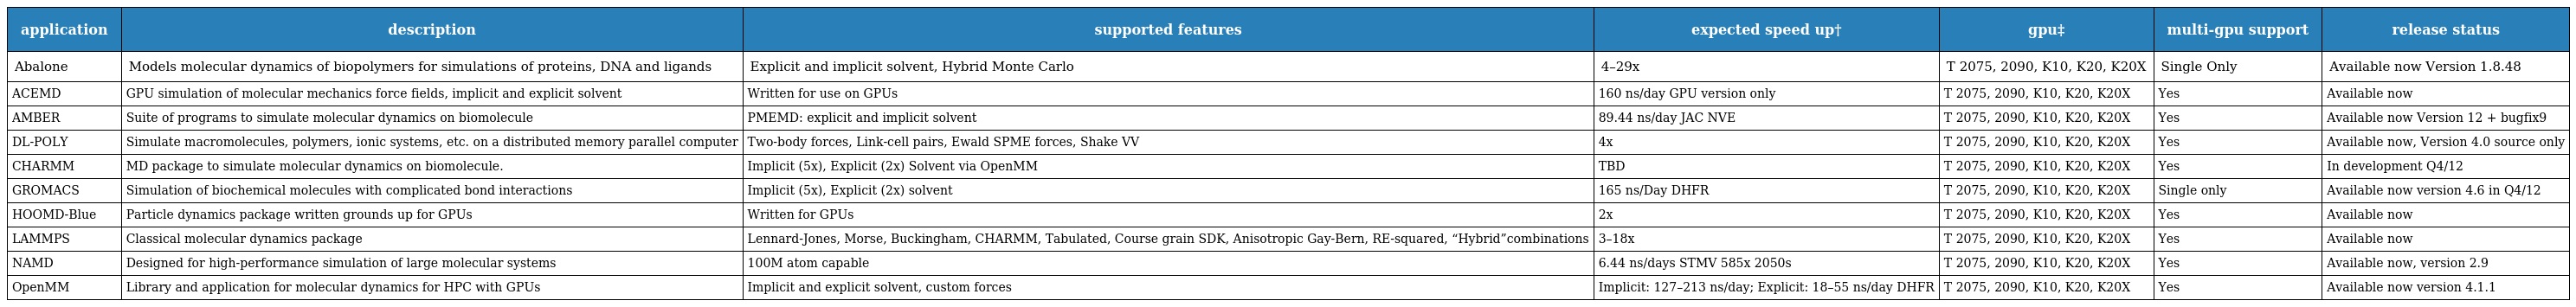
| application | description | supported features | expected speed up† | gpu‡ | multi-gpu support | release status |
 | --- | --- | --- | --- | --- | --- | --- |
 | Abalone | Models molecular dynamics of biopolymers for simulations of proteins, DNA and ligands | Explicit and implicit solvent, Hybrid Monte Carlo | 4–29x | T 2075, 2090, K10, K20, K20X | Single Only | Available now Version 1.8.48 |
 | ACEMD | GPU simulation of molecular mechanics force fields, implicit and explicit solvent | Written for use on GPUs | 160 ns/day GPU version only | T 2075, 2090, K10, K20, K20X | Yes | Available now |
 | AMBER | Suite of programs to simulate molecular dynamics on biomolecule | PMEMD: explicit and implicit solvent | 89.44 ns/day JAC NVE | T 2075, 2090, K10, K20, K20X | Yes | Available now Version 12 + bugfix9 |
 | DL-POLY | Simulate macromolecules, polymers, ionic systems, etc. on a distributed memory parallel computer | Two-body forces, Link-cell pairs, Ewald SPME forces, Shake VV | 4x | T 2075, 2090, K10, K20, K20X | Yes | Available now, Version 4.0 source only |
 | CHARMM | MD package to simulate molecular dynamics on biomolecule. | Implicit (5x), Explicit (2x) Solvent via OpenMM | TBD | T 2075, 2090, K10, K20, K20X | Yes | In development Q4/12 |
 | GROMACS | Simulation of biochemical molecules with complicated bond interactions | Implicit (5x), Explicit (2x) solvent | 165 ns/Day DHFR | T 2075, 2090, K10, K20, K20X | Single only | Available now version 4.6 in Q4/12 |
 | HOOMD-Blue | Particle dynamics package written grounds up for GPUs | Written for GPUs | 2x | T 2075, 2090, K10, K20, K20X | Yes | Available now |
 | LAMMPS | Classical molecular dynamics package | Lennard-Jones, Morse, Buckingham, CHARMM, Tabulated, Course grain SDK, Anisotropic Gay-Bern, RE-squared, “Hybrid”combinations | 3–18x | T 2075, 2090, K10, K20, K20X | Yes | Available now |
 | NAMD | Designed for high-performance simulation of large molecular systems | 100M atom capable | 6.44 ns/days STMV 585x 2050s | T 2075, 2090, K10, K20, K20X | Yes | Available now, version 2.9 |
 | OpenMM | Library and application for molecular dynamics for HPC with GPUs | Implicit and explicit solvent, custom forces | Implicit: 127–213 ns/day; Explicit: 18–55 ns/day DHFR | T 2075, 2090, K10, K20, K20X | Yes | Available now version 4.1.1 |